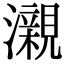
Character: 瀙